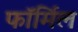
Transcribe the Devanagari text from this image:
फॉर्मिल